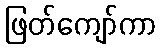
ဖြတ်ကျော်ကာ